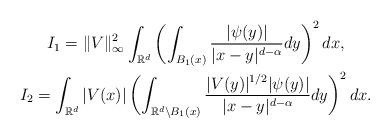
LaTeX: \begin{gather*}I_1=\|V\|_{\infty}^2\int_{\mathbb{R}^d}\left(\int_{B_1(x)}\frac{|\psi(y)|}{|x-y|^{d-\alpha}}dy\right)^2dx,\\I_2=\int_{\mathbb{R}^d}|V(x)|\left(\int_{\mathbb{R}^d\setminus B_1(x)}\frac{|V(y)|^{1/2}|\psi(y)|}{|x-y|^{d-\alpha}}dy\right)^2dx.\end{gather*}